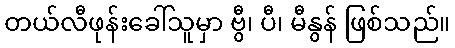
တယ်လီဖုန်းခေါ်သူမှာ ဗွီ၊ ပီ၊ မီနွန် ဖြစ်သည်။